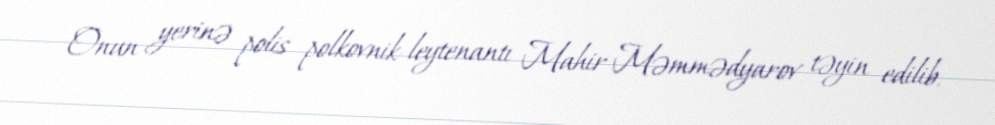
Onun yerinə polis polkovnik-leytenantı Mahir Məmmədyarov təyin edilib.